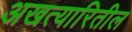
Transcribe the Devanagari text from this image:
अखत्यारितील